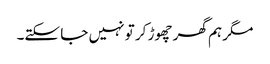
مگر ہم گھر چھوڑ کر تو نہیں جا سکتے۔